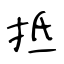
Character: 抵